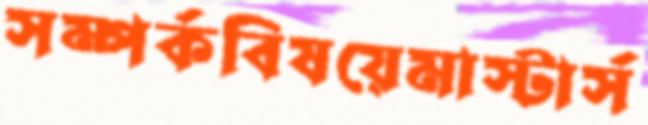
সম্পর্কবিষয়েমাস্টার্স